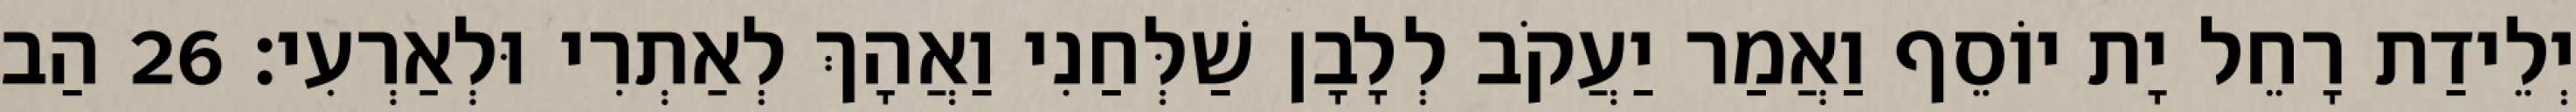
יְלֵידַת רָחֵל יָת יוֹסֵף וַאֲמַר יַעֲקֹב לְלָבָן שַׁלְּחַנִי וַאֲהָךְ לְאַתְרִי וּלְאַרְעִי׃ 26 הַב